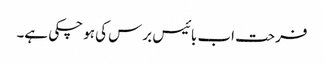
فرحت اب بائیس برس کی ہو چکی ہے۔